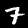
Label: 7